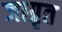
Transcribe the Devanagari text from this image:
जाग्रृत